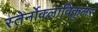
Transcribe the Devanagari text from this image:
स्तेर्नोक्लाविकुलर